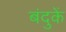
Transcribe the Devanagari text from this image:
बंदुकें